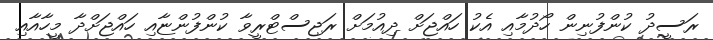
ރަސީދު ކުންފުނިން ހޯދުމާއި އެކު ހައްޖަށް ދިއުމަށް ރަޖިސްޓްރީވާ ކުންފުންޏާއި ހައްޖަށްދާ މީހާއާއި